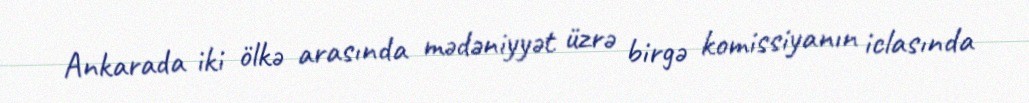
Ankarada iki ölkə arasında mədəniyyət üzrə birgə komissiyanın iclasında